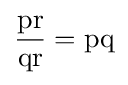
{\frac {\operatorname {pr} }{\operatorname {qr} }}=\operatorname {pq}